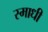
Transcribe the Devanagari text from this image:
स्माधी